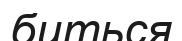
биться